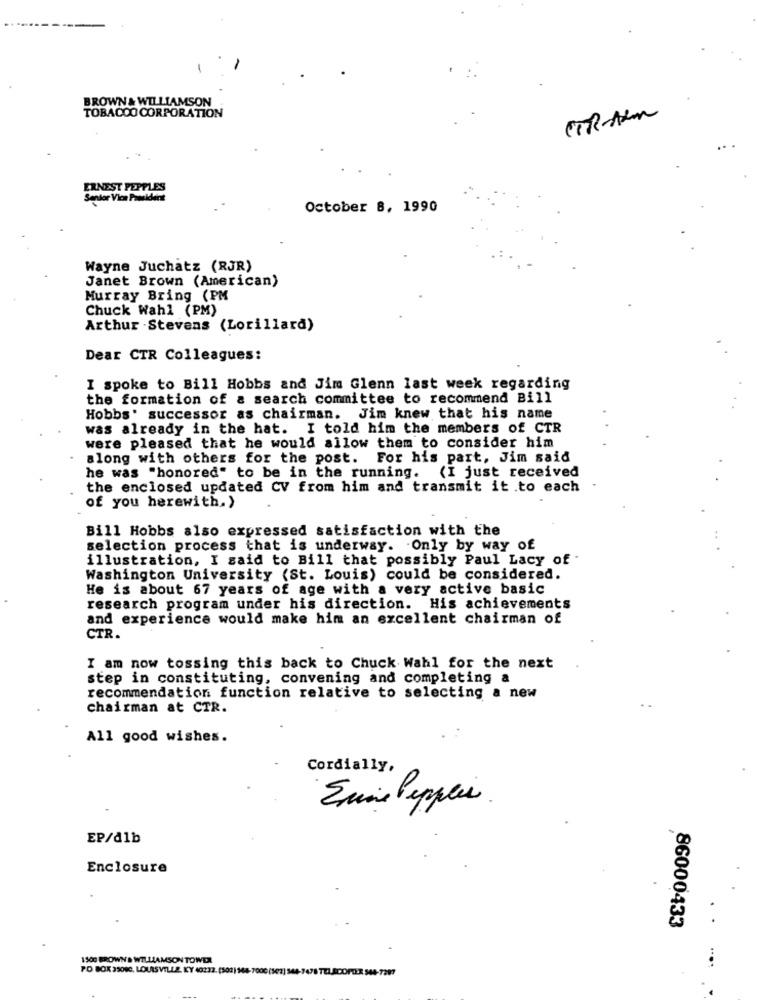
BROWN& WILLIAMSON
TOBACCO CORPORATION
CTR-Bem
ERNEST PEPPLES
Senior Vice President
October 8, 1990
Wayne Juchatz (RJR)
Janet Brown (American)
Murray Bring (PM
Chuck Wahl (PM)
Arthur . Stevens (Lorillard)
Dear CTR Colleagues:
I spoke to Bill Hobbs and Jim Glenn last week regarding
the formation of a search committee to recommend Bill
Hobbs' successor as chairman. Jim knew that his name
was already in the hat. I told him the members of CTR
were pleased that he would allow them to consider him
along with others for the post. For his part, Jim said
he was "honored" to be in the running. (I just received
the enclosed updated CV from him and transmit it .to each
of you herewith.)
Bill Hobbs also expressed satisfaction with the
selection process that is underway. Only by way of
illustration, I said to Bill that possibly Paul Lacy of
Washington University (St. Louis) could be considered.
He is about 67 years of age with a very active basic
research program under his direction. His achievements
and experience would make him an excellent chairman of
CTR.
I am now tossing this back to Chuck Wahl for the next
step in constituting, convening and completing a
recommendation function relative to selecting a new
chairman at CTR.
All good wishes.
Cordially,
Enie Pepper
EP/dlb
Enclosure
86000433
1500 BROWN & WILLIAMSON TOWDA
PO BOX 35080, LOUISVILLE, KY 40232. (502) 168-7000 (502) 544-7478 TELSCOPTER 544-7297